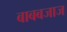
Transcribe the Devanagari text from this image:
बाबबजाज